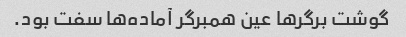
گوشت برگرها عین همبرگر آماده‌ها سفت بود.